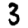
Digit: 3